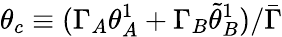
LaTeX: \theta_{c}\equiv(\Gamma_{A}\theta_{A}^{1}+\Gamma_{B}\tilde{\theta}_{B}^{1})/\bar{\Gamma}